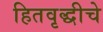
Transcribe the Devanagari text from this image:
हितवृद्धीचे